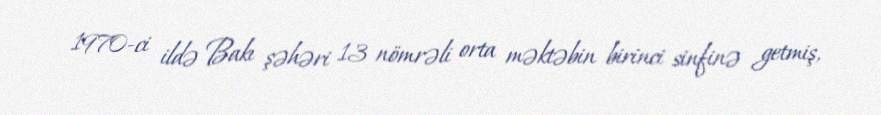
1970-ci ildə Bakı şəhəri 13 nömrəli orta məktəbin birinci sinfinə getmiş,